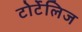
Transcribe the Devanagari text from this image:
टोर्टेलिज